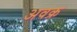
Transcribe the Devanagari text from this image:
अवक्र